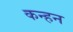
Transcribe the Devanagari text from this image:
कन्हन